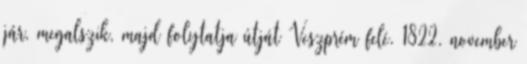
jár, megalszik, majd folytatja útját Veszprém felé. 1822. november